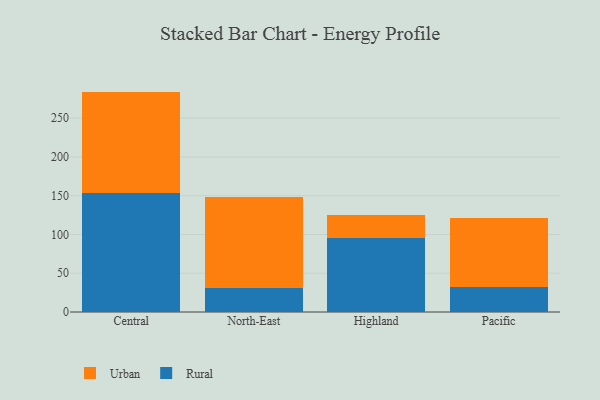
{"axis": {"x": "Region", "y": "Budget (USD K)"}, "legend": ["Rural", "Urban"], "data": [{"x": "Central", "y": 153.0, "type": "Rural"}, {"x": "Central", "y": 131.3, "type": "Urban"}, {"x": "North-East", "y": 30.6, "type": "Rural"}, {"x": "North-East", "y": 117.6, "type": "Urban"}, {"x": "Highland", "y": 95.2, "type": "Rural"}, {"x": "Highland", "y": 30.1, "type": "Urban"}, {"x": "Pacific", "y": 32.8, "type": "Rural"}, {"x": "Pacific", "y": 88.4, "type": "Urban"}]}